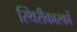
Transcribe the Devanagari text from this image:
स्थिरीकारकों